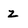
Character: z